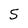
Character: 5